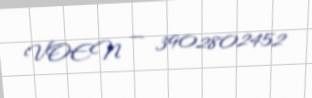
VOEN — 3902802452